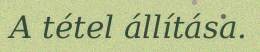
A tétel állítása.